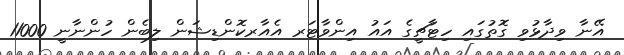
އޭނާ ވިދާޅުވި ގޮތުގައި ހިޓާޗީގެ އައު އިންވާޓަރ އެއާރކޮންޑިޝަން ލިބެން ހުންނާނީ 11000